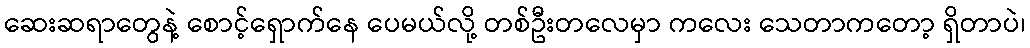
ဆေးဆရာတွေနဲ့ စောင့်ရှောက်နေ ပေမယ်လို့ တစ်ဦးတလေမှာ ကလေး သေတာကတော့ ရှိတာပဲ၊